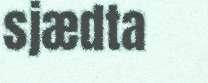
sjædta